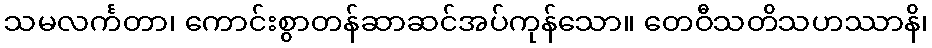
သမလင်္ကတာ၊ ကောင်းစွာတန်ဆာဆင်အပ်ကုန်သော။ တေဝီသတိသဟဿာနိ၊